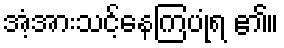
အံ့အားသင့်နေကြပုံရ ၏။